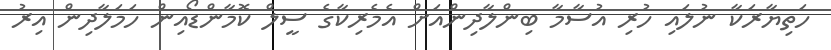
ހަތިޔާރަކާ ނުލައި ހުރި އުސާމާ ބިންލާދިންއަށް އެމެރިކާގެ ސީލް ކޮމާންޑޯއިން ހަމަލާދިން އިރު